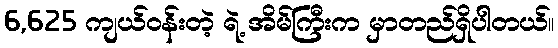
6,625 ကျယ်ဝန်းတဲ့ ရဲ့ အိမ်ကြီးက မှာတည်ရှိပါတယ်။